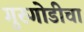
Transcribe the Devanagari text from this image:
गुरुगोडीचा